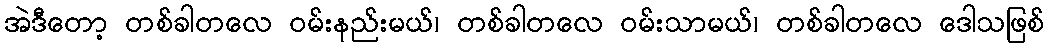
အဲဒီတော့ တစ်ခါတလေ ဝမ်းနည်းမယ်၊ တစ်ခါတလေ ဝမ်းသာမယ်၊ တစ်ခါတလေ ဒေါသဖြစ်